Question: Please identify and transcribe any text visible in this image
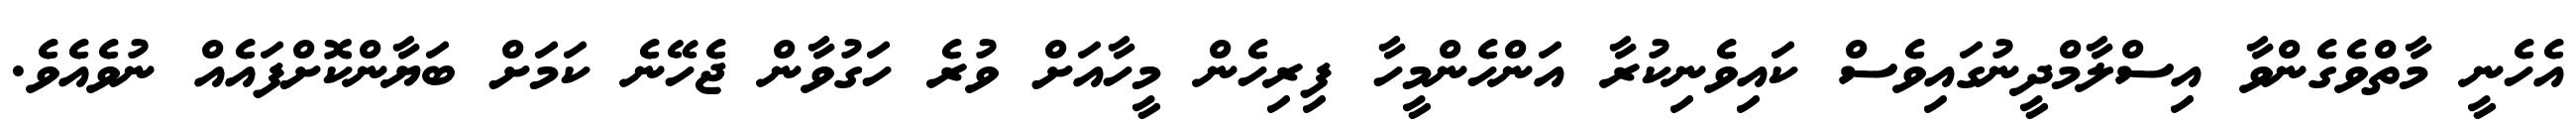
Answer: އެހެނީ މާތްވެގެންވާ އިސްލާމްދީނުގައިވެސް ކައިވެނިކުރާ އަންހެންމީހާ ފިރިހެން މީހާއަށް ވުރެ ހަގުވާން ޖެހޭނެ ކަމަށް ބަޔާންކޮށްފައެއް ނުވެއެވެ.